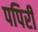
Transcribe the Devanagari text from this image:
पपिरी